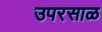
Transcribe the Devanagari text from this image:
उपरसाळ